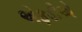
એફડીએ